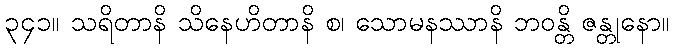
၃၄၁။ သရိတာနိ သိနေဟိတာနိ စ၊ သောမနဿာနိ ဘဝန္တိ ဇန္တုနော။